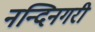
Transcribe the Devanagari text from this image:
नन्दिनगरी